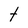
Character: t